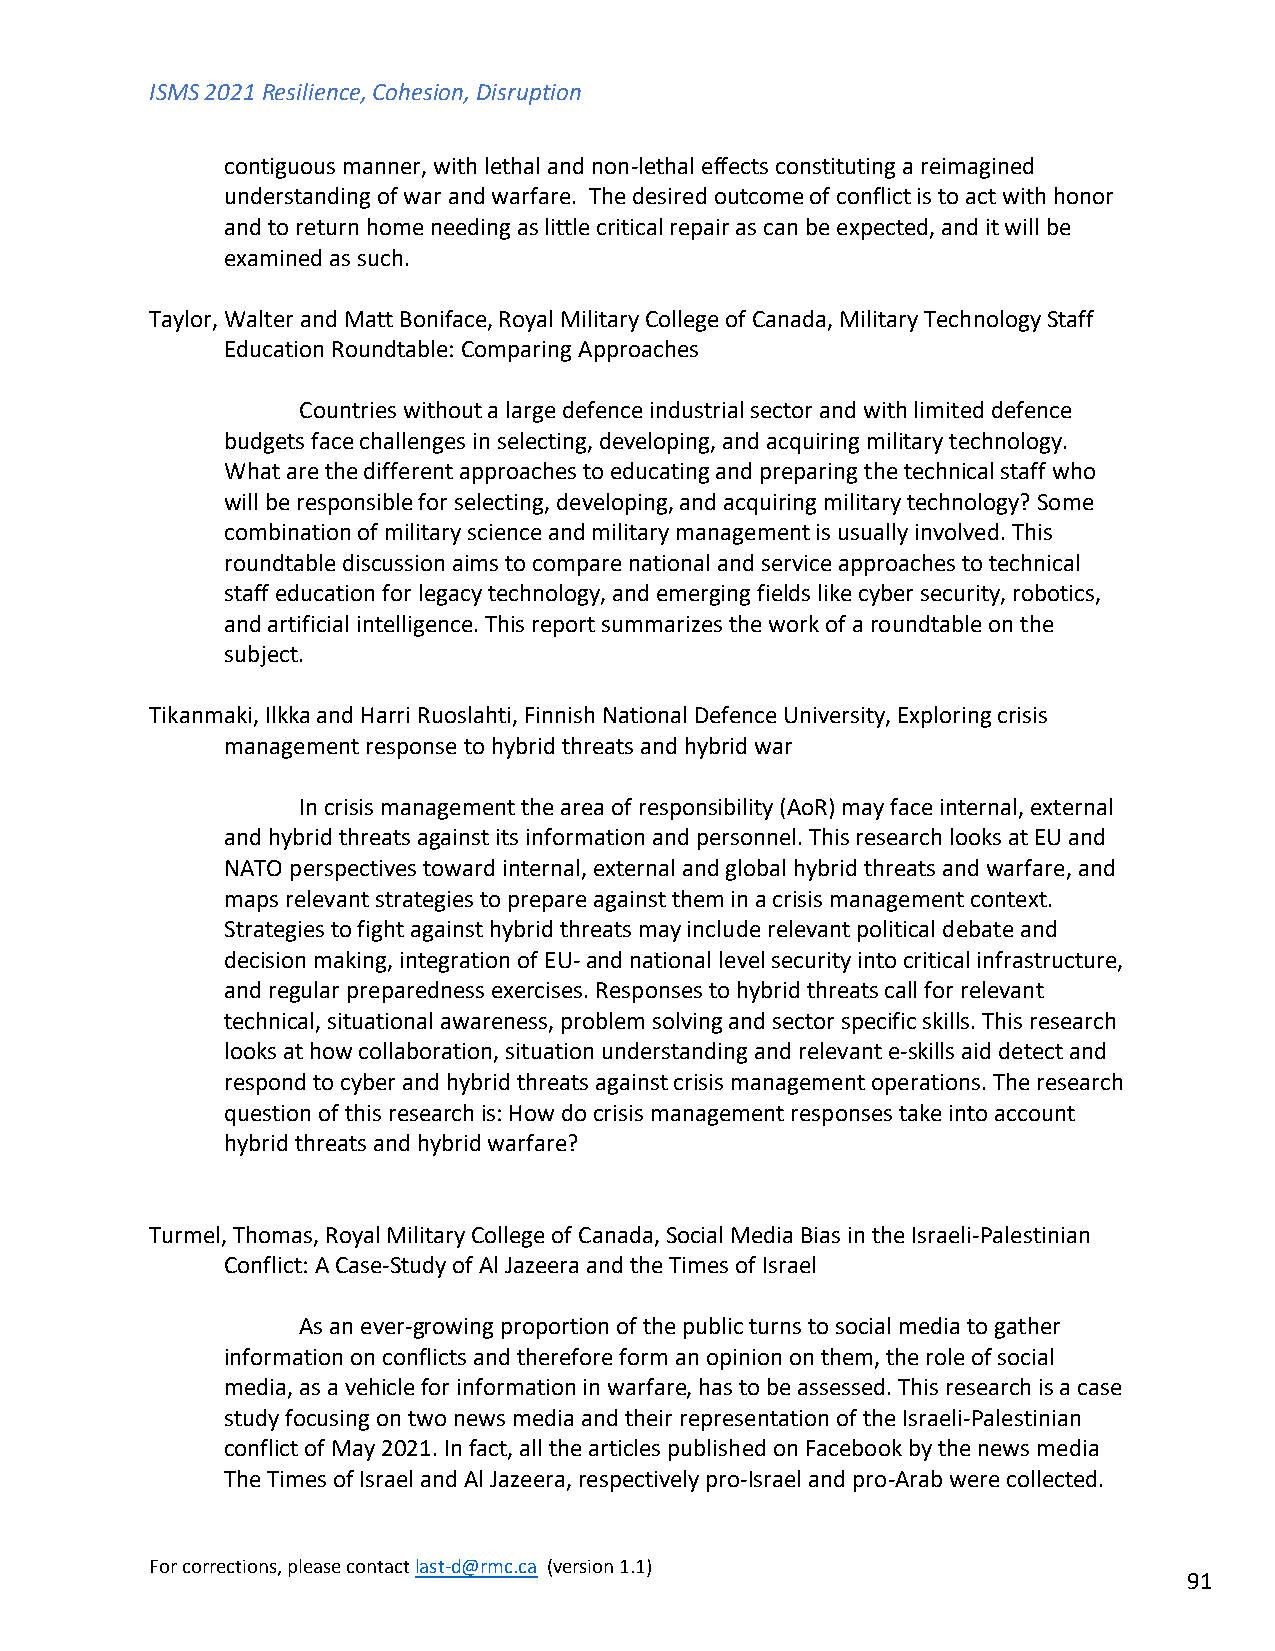
ISMS 2021 Resilience, Cohesion, Disruption
 contiguous manner, with lethal and non-lethal effects constituting a reimagined
 understanding of war and warfare. The desired outcome of conflict is to act with honor
 and to return home needing as little critical repair as can be expected, and it will be
 examined as such.
 Taylor, Walter and Matt Boniface, Royal Military College of Canada, Military Technology Staff
 Education Roundtable: Comparing Approaches
 Countries without a large defence industrial sector and with limited defence
 budgets face challenges in selecting, developing, and acquiring military technology.
 What are the different approaches to educating and preparing the technical staff who
 will be responsible for selecting, developing, and acquiring military technology? Some
 combination of military science and military management is usually involved. This
 roundtable discussion aims to compare national and service approaches to technical
 staff education for legacy technology, and emerging fields like cyber security, robotics,
 and artificial intelligence. This report summarizes the work of a roundtable on the
 subject.
 Tikanmaki, Ilkka and Harri Ruoslahti, Finnish National Defence University, Exploring crisis
 management response to hybrid threats and hybrid war
 In crisis management the area of responsibility (AoR) may face internal, external
 and hybrid threats against its information and personnel. This research looks at EU and
 NATO perspectives toward internal, external and global hybrid threats and warfare, and
 maps relevant strategies to prepare against them in a crisis management context.
 Strategies to fight against hybrid threats may include relevant political debate and
 decision making, integration of EU- and national level security into critical infrastructure,
 and regular preparedness exercises. Responses to hybrid threats call for relevant
 technical, situational awareness, problem solving and sector specific skills. This research
 looks at how collaboration, situation understanding and relevant e-skills aid detect and
 respond to cyber and hybrid threats against crisis management operations. The research
 question of this research is: How do crisis management responses take into account
 hybrid threats and hybrid warfare?
 Turmel, Thomas, Royal Military College of Canada, Social Media Bias in the Israeli-Palestinian
 Conflict: A Case-Study of Al Jazeera and the Times of Israel
 As an ever-growing proportion of the public turns to social media to gather
 information on conflicts and therefore form an opinion on them, the role of social
 media, as a vehicle for information in warfare, has to be assessed. This research is a case
 study focusing on two news media and their representation of the Israeli-Palestinian
 conflict of May 2021. In fact, all the articles published on Facebook by the news media
 The Times of Israel and Al Jazeera, respectively pro-Israel and pro-Arab were collected.
 For corrections, please contact last-d@rmc.ca (version 1.1)
 91